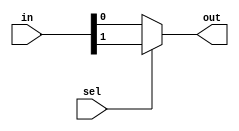
module select2(in, sel, out);

input [1:0] in;
input sel;
output out;

function select;

	input [1:0] in;
	input sel;
	select = sel ? in[1] : in[0];

endfunction

assign out = select(in,sel);

endmodule

module select4(in, sel, out);

input [3:0] in;
input [1:0] sel;
output out;

wire [1:0] tmp;

select2 s1(in[1:0], sel[0], tmp[0]);
select2 s2(in[3:2], sel[0], tmp[1]);
select2 s3(tmp, sel[1], out);

endmodule



/**************************************************************/
module top;

reg [3:0] in;
reg [1:0] s;


select4 sel4(in,s,y);

initial
begin

	$dumpfile("select4.vcd");
	$dumpvars(0, top);

	/**********************************/
	in = 4'b0000;
	s = 2'b00;

	#2 in = 4'b0001;

	#2  s = 2'b01;
	#2  in = 4'b0010;

	#2  s = 2'b10;
	#2  in = 4'b0100;

	#2  s = 2'b11;
	#2  in = 4'b1000;
	#2  s = 2'b00;
	$finish;
	/**********************************/
end

endmodule